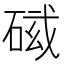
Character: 𥓛